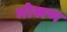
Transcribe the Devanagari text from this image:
भोखण